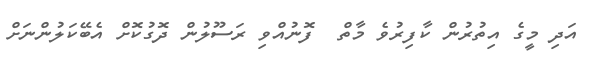
އަދި މީގެ އިތުރުން ކާފިރުވެ މާތް  ފޮނުއްވި ރަސޫލުން ދޮގުކޮށް އެބޭކަލުންނަށް